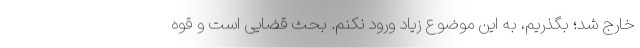
خارج شد؛ بگذریم، به این موضوع زیاد ورود نکنم. بحث قضایی است و قوه